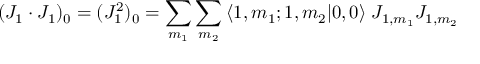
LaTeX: ( J _ { 1 } \cdot J _ { 1 } ) _ { 0 } = ( J _ { 1 } ^ { 2 } ) _ { 0 } = \sum _ { m _ { 1 } } \sum _ { m _ { 2 } } \: \langle 1 , m _ { 1 } ; 1 , m _ { 2 } | 0 , 0 \rangle \; J _ { 1 , m _ { 1 } } J _ { 1 , m _ { 2 } }